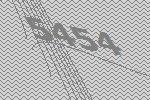
5454